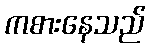
ကစားနေသည်